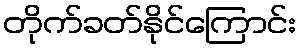
တိုက်ခတ်နိုင်ကြောင်း